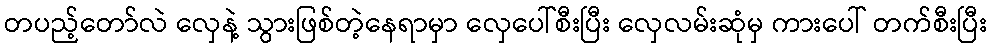
တပည့်တော်လဲ လှေနဲ့ သွားဖြစ်တဲ့နေရာမှာ လှေပေါ်စီးပြီး လှေလမ်းဆုံမှ ကားပေါ် တက်စီးပြီး